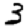
Digit: 3